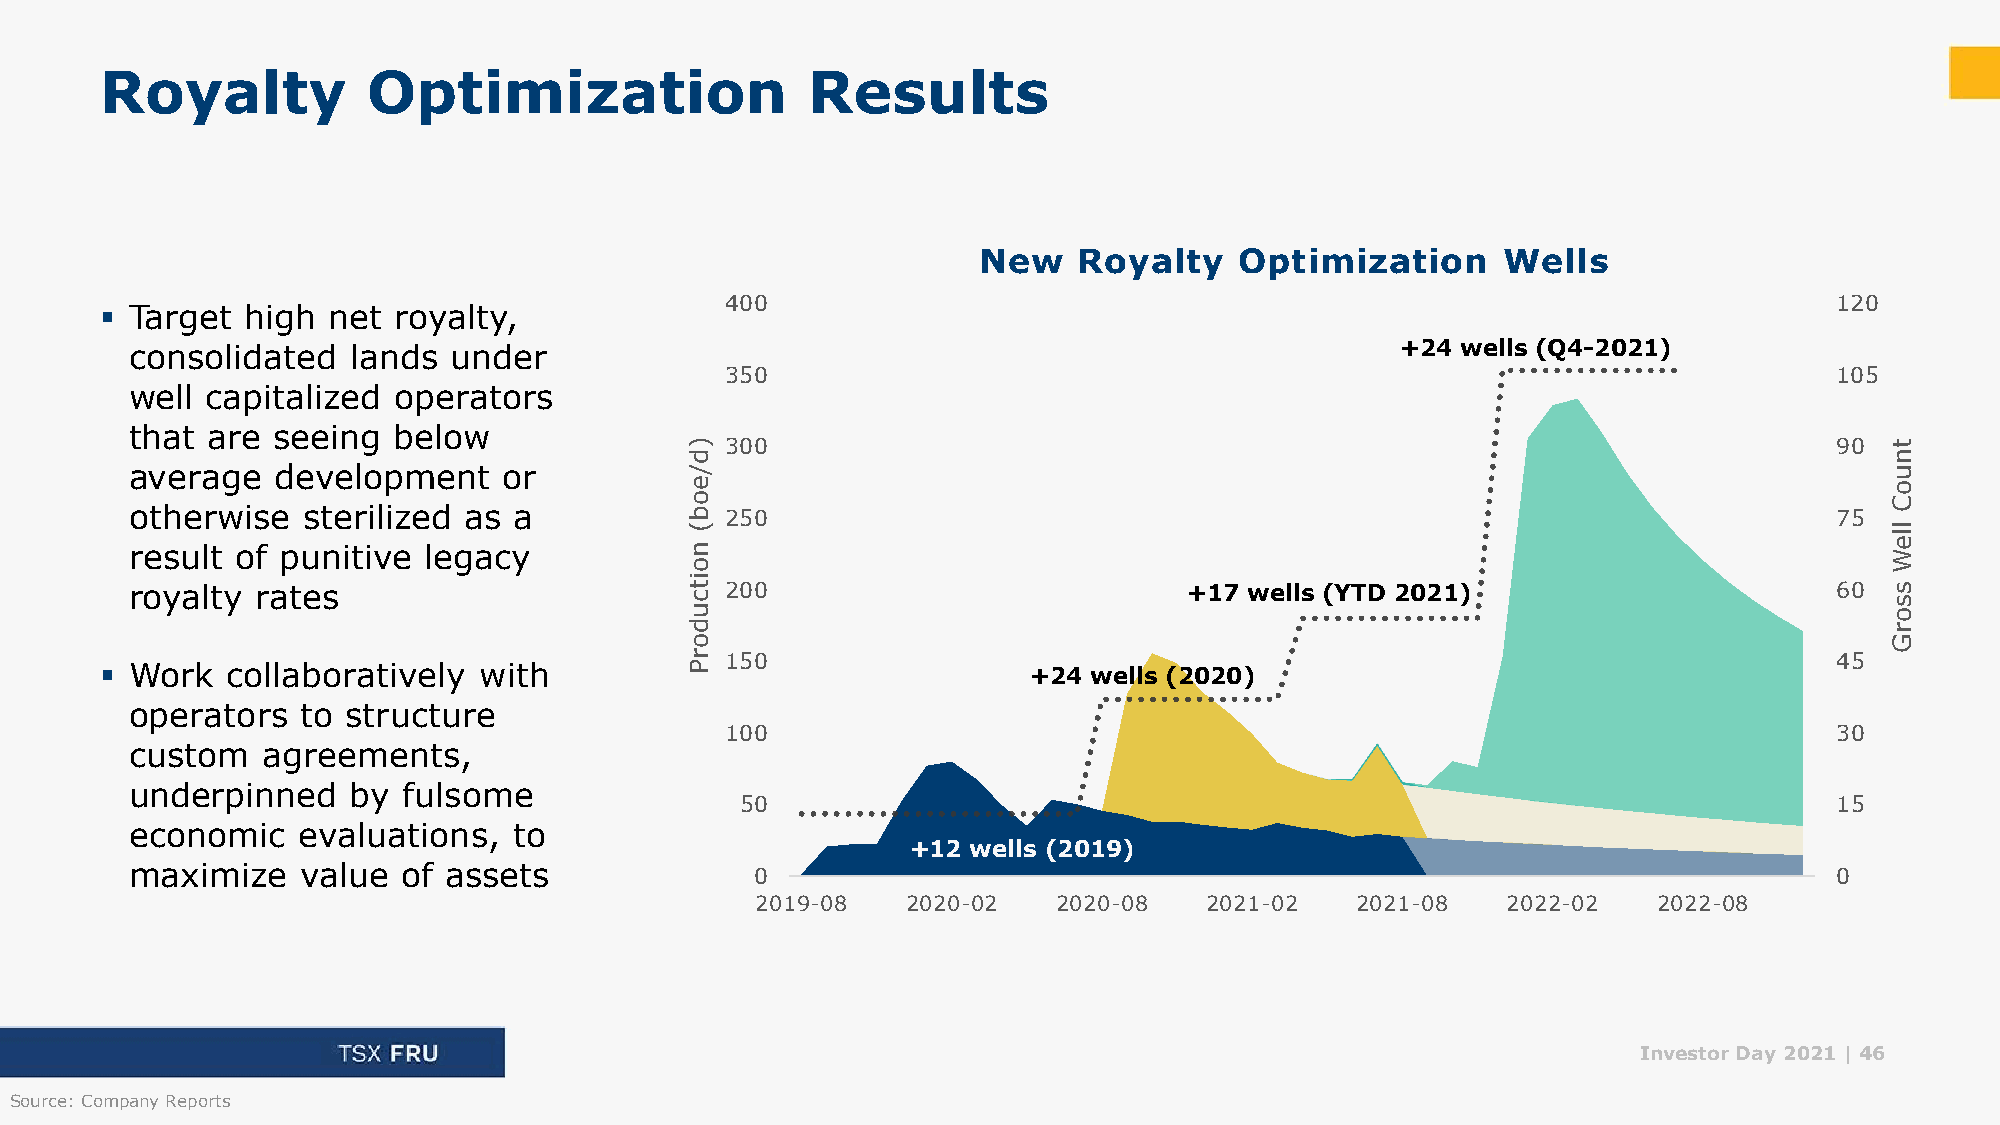
Royalty          Optimization                 Results
 New   Royalty    Optimization     Wells
 400                                                                       120
 ▪ Target high  net royalty,
 consolidated  lands  under                                                          +24 wells (Q4-2021)
 350                                                                       105
 well capitalized operators
 that are seeing  below
 ) 300                                                                       90 t
 d                                                                              n
 average  development    or           /                                                                              u
 e                                                                              o
 o                                                                              C
 otherwise  sterilized as a           b 250                                                                       75
 (                                                                              l
 l
 e
 result of punitive legacy            n                                                                              W
 o
 royalty rates
 i
 t c 200                          +17 wells (YTD 2021)                       60 s s
 u                                                                              o
 d                                                                              r
 o                                                                              G
 r 150                                                                       45
 ▪ Work  collaboratively  with          P                     +24 wells (2020)
 operators  to structure
 100                                                                       30
 custom  agreements,
 underpinned   by  fulsome
 50                                                                       15
 economic   evaluations,  to
 +12 wells (2019)
 maximize   value  of assets              0                                                                       0
 2019-08   2020-02   2020-08   2021-02   2021-08   2022-02   2022-08
 Investor Day 2021 |46
 Source: Company Reports